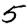
Digit: 5